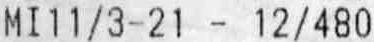
MI11/3-21 - 12/480